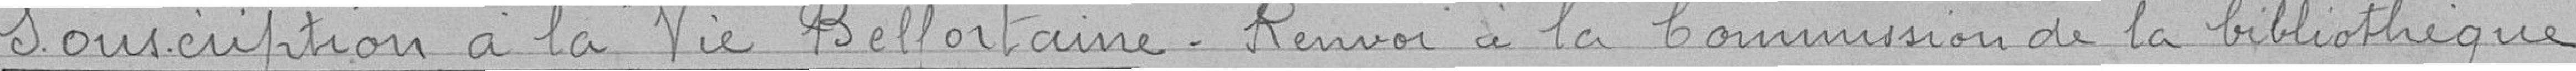
Souscription à la Vie Belfortaine. Renvoi à la Commission de la bibliothèque.